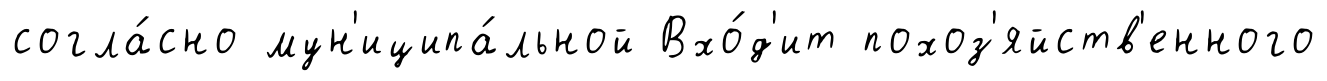
согла́сно мун'иципа́льной Вхо́д'ит похоз'яйств'енного